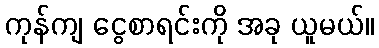
ကုန်ကျ ငွေစာရင်းကို အခု ယူမယ်။